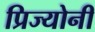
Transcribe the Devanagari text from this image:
प्रिज्योनी